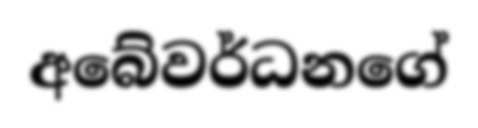
අබේවර්ධනගේ